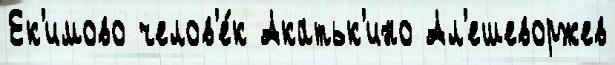
Ек'имово челов'е́к Акатьк'ино Ал'ешеворжев